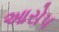
આરોપ